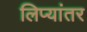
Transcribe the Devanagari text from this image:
लिप्यांतर